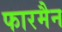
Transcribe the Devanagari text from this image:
फारमैन